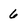
Character: 6